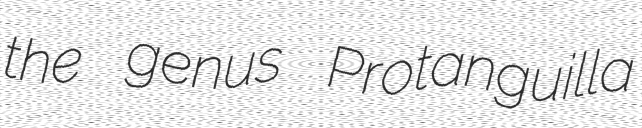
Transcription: the genus Protanguilla